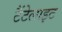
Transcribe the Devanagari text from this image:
टैंटेलाइट